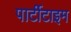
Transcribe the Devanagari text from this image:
पार्टीटाइम